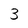
Character: 3